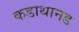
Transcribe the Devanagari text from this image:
कडाथानड